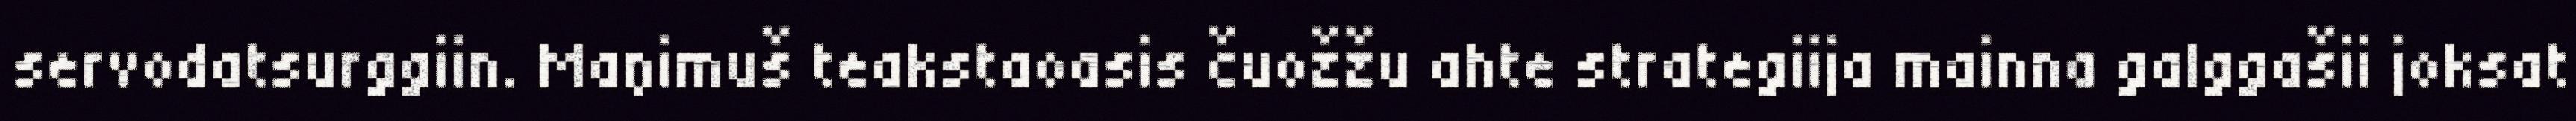
servodatsurggiin. Maŋimuš teakstaoasis čuožžu ahte strategiija mainna galggašii joksat